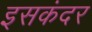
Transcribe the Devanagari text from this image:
इसकंदर